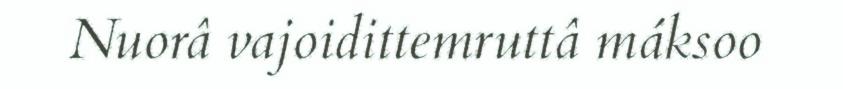
Nuorâ vajoidittemruttâ máksoo